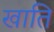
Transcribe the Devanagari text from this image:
खाति